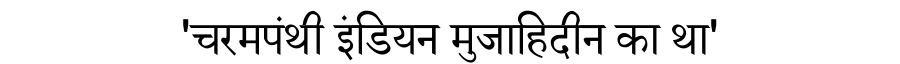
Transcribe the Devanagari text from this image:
'चरमपंथी इंडियन मुजाहिदीन का था'